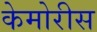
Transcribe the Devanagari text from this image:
केमोरीस